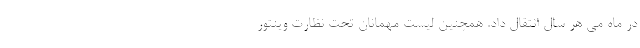
در ماه می هر سال انتقال داد. همچنین لیست مهمانان تحت نظارت وینتور